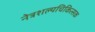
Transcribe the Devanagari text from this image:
नेत्रशल्यचिकित्सक